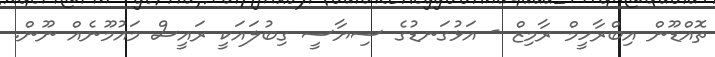
ތޮއްޑޫން އިބްރާހީމް ރާމިޒް - އަޅުގަނޑުގެ ސިޔާސީ ގިބުލައަކީ ރައީސް މައުމޫނެއް ނޫން.